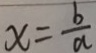
x = \frac { b } { a }